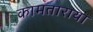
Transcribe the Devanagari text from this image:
कामताराया